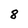
Character: 8